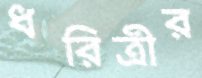
ধরিত্রীর